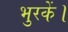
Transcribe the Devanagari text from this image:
भुरकें।